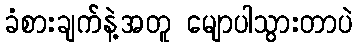
ခံစားချက်နဲ့အတူ မျောပါသွားတာပဲ